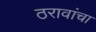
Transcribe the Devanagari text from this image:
ठरावांचा